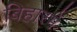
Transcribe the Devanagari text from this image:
बिहारमें